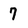
Character: 7